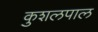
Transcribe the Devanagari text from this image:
कुशलपाल